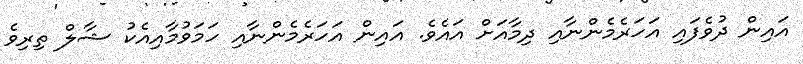
އައިން ދުވެފައި އަހަރެމެންނާއި ދިމާއަށް އައެވެ. އައިން އަހަރެމެންނާއި ހަމަވުމާއިއެކު ޝާލް ތިރިވެ